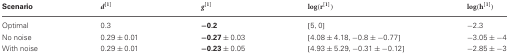
| Scenario | d[1] | g[1] | log(r[1]) | log(h[1]) |
 | --- | --- | --- | --- | --- |
 | Optimal | 0.3 | −0.2 | [5, 0] | −2.3 |
 | No noise | 0.29 ± 0.01 | −0.27 ± 0.03 | [4.08 ± 4.18, −0.8 ± −0.77] | −3.05 ± −4 |
 | With noise | 0.29 ± 0.01 | −0.23 ± 0.05 | [4.93 ± 5.29, −0.31 ± −0.12] | −2.85 ± −3 |